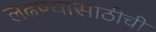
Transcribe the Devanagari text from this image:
लढण्यासाठीची